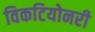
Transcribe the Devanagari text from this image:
विकटियोनरी